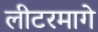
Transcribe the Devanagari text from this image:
लीटरमागे